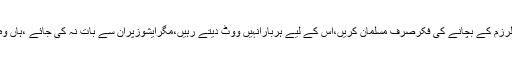
یعنی فرقہ پرستوں کے ڈرسے سیکولرزم کے بچانے کی فکرصرف مسلمان کریں،اس کے لیے ہربارانہیں ووٹ دیتے رہیں،مگرایشوزپران سے بات نہ کی جائے ،ہاں وہ جہاں چاہیں سمجھوتہ کرسکتے ہیں۔